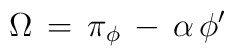
\Omega\,=\,\pi_{\phi}\,-\,\alpha\,\phi^{\prime}